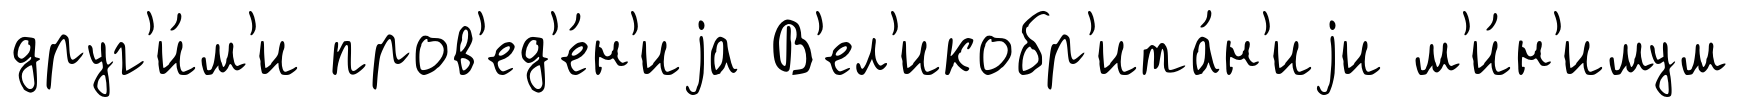
друг'и́м'и пров'ед'е́н'иjа В'ел'икобр'ита́н'иjи м'и́н'имум